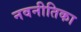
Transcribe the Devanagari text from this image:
नवनीतिका